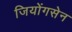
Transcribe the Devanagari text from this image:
जियोंगसेन